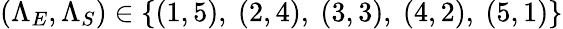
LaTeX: (\Lambda_{E},\Lambda_{S})\in\{ (1,5),~(2,4),~(3,3),~(4,2),~(5,1)\}